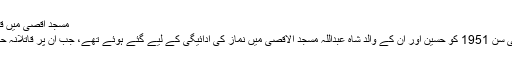
مسجدٍ اقصیٰ میں قاتلانہ حملہ
بیس جولائی سن 1951 کو حسین اور اُن کے والد شاہ عبداللہ مسجد الاقصیٰ میں نماز کی ادائیگی کے لیے گئے ہوئے تھے، جب اُن پر قاتلانہ حملہ کیا گیا۔